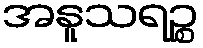
အနူသရဉ္စ